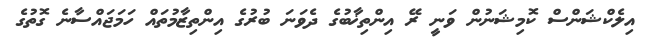
އިލެކްޝަންސް ކޮމިޝަނުން ވަނީ ރޭ އިންތިޚާބުގެ ދެވަނަ ބުރުގެ އިންތިޒާމުތައް ހަމަޖައްސާނެ ގޮތުގެ